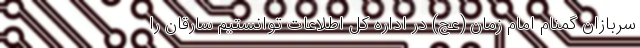
سربازان گمنام امام زمان (عج) در اداره کل اطلاعات توانستیم سارقان را